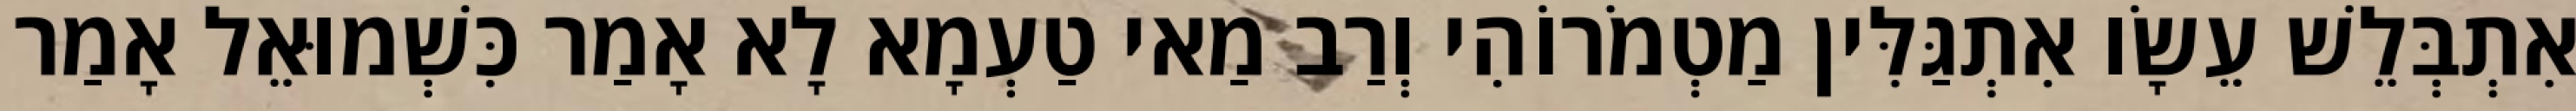
אִתְבְּלֵשׁ עֵשָׂו אִתְגַּלִּין מַטְמֹרוֹהִי וְרַב מַאי טַעְמָא לָא אָמַר כִּשְׁמוּאֵל אָמַר